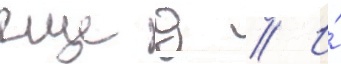
еще д // И́